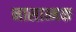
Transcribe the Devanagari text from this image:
नासात्मक